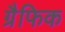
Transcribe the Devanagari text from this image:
ग्रैफिक